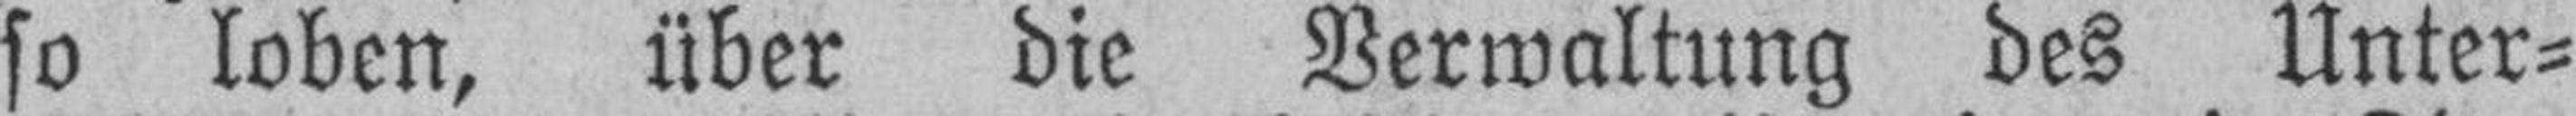
so loben, über die Verwaltung des Unter¬